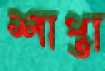
শাপ্তা